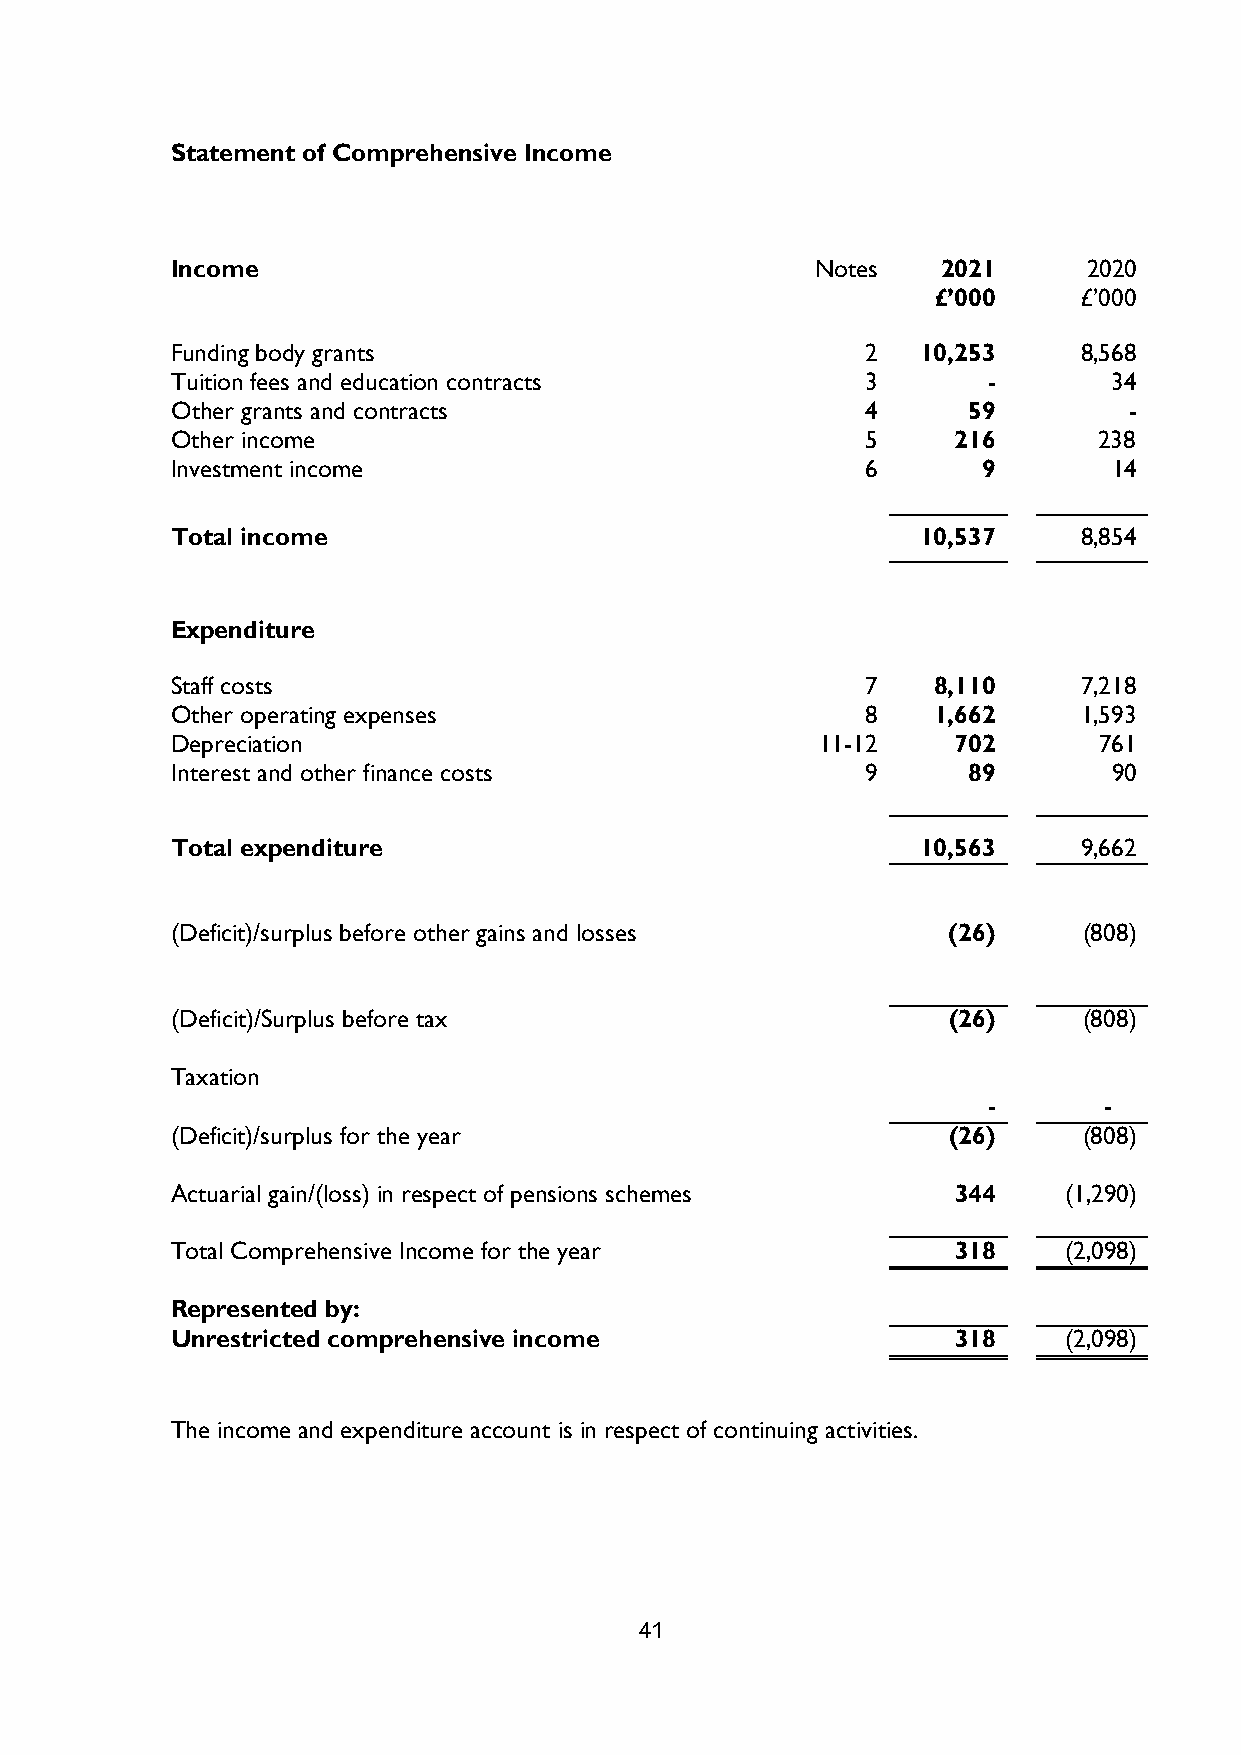
Statement of Comprehensive Income
 Restated
 Income                                     Notes   2021      2020
 £’000    £’000
 Funding body grants                           2   10,253     8,568
 Tuition fees and education contracts          3       -        34
 Other grants and contracts                    4      59         -
 Other income                                  5     216       238
 Investment income                             6       9        14
 Total income                                      10,537     8,854
 Expenditure
 Staff costs                                   7    8,110     7,218
 Other operating expenses                      8    1,662     1,593
 Depreciation                               11-12    702       761
 Interest and other finance costs              9      89        90
 Total expenditure                                 10,563     9,662
 (Deficit)/surplus before other gains and losses     (26)     (808)
 (Deficit)/Surplus before tax                        (26)     (808)
 Taxation
 -       -
 (Deficit)/surplus for the year                      (26)     (808)
 Actuarial gain/(loss) in respect of pensions schemes 344   (1,290)
 Total Comprehensive Income for the year             318    (2,098)
 Represented by:
 Unrestricted comprehensive income                   318    (2,098)
 The income and expenditure account is in respect of continuing activities.
 41